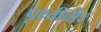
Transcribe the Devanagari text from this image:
पृथ्वीवीर